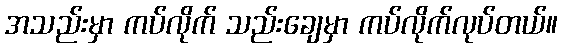
အသည်းမှာ ကပ်လိုက် သည်းချေမှာ ကပ်လိုက်လုပ်တယ်။